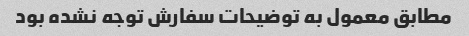
مطابق معمول به توضیحات سفارش توجه نشده بود